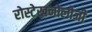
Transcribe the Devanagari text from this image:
रोस्टेखनोलोजी